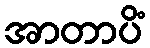
အာတာပိံ